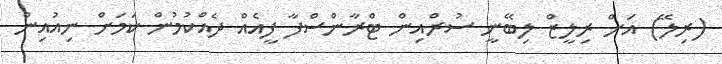
(ރިލޭ) އަށް ރިލީޒް ލިބޭނީ ސުރްއިން ޓްރާންސްފާ ފީއެއް ދެއްކުމުން ކަމަށް ނިއުއިން